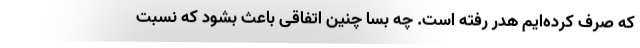
که صرف کرده‌ایم هدر رفته است. چه بسا چنین اتفاقی باعث بشود که نسبت